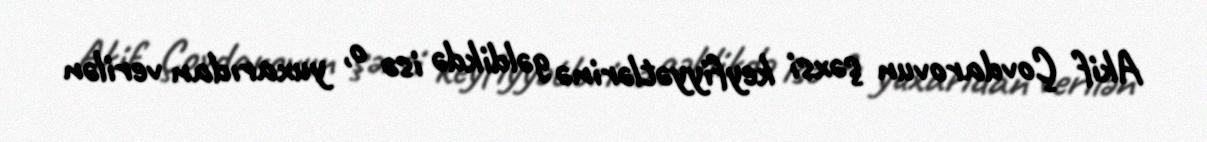
Akif Çovdarovun şəxsi keyfiyyətlərinə gəldikdə isə o, yuxarıdan verilən